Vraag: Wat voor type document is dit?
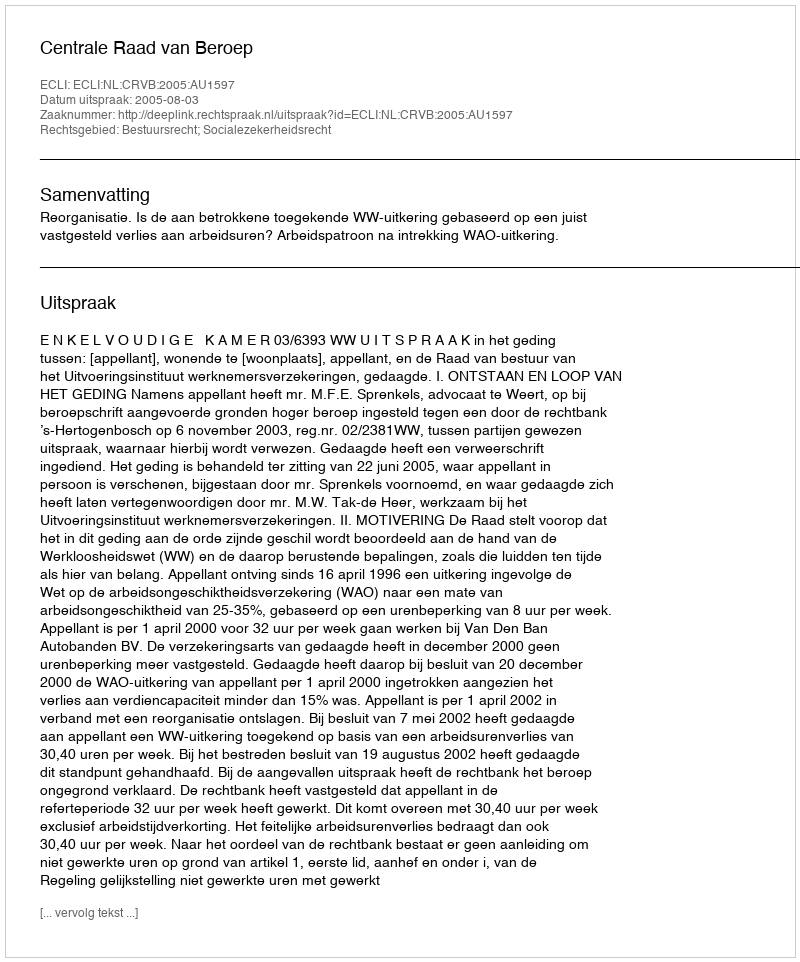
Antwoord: Uitspraak